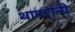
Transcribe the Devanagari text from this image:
थापरांनी